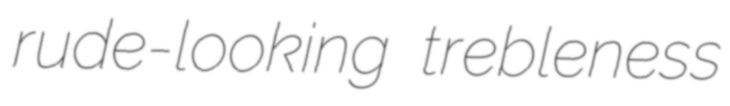
rude-looking trebleness